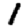
Digit: 1